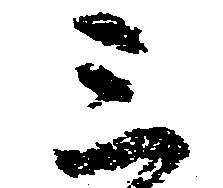
三